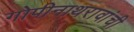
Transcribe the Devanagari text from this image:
गोपीनाथरावांची